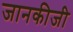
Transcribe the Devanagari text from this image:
जानकीजी